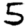
Digit: 5